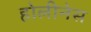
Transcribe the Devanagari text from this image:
होलीनेस